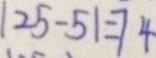
1 2 5 - 5 1 = 7 4